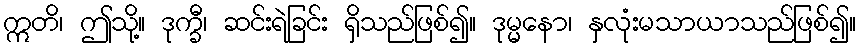
ဣတိ၊ ဤသို့။ ဒုက္ခီ၊ ဆင်းရဲခြင်း ရှိသည်ဖြစ်၍။ ဒုမ္မနော၊ နှလုံးမသာယာသည်ဖြစ်၍။